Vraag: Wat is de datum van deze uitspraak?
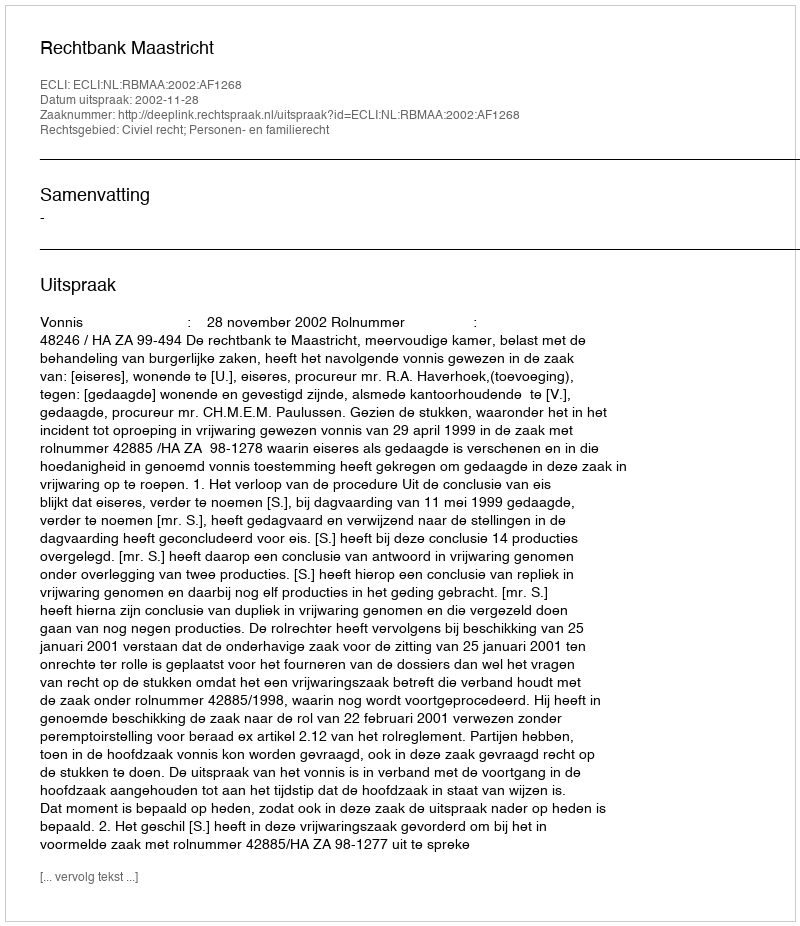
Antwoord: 2002-11-28